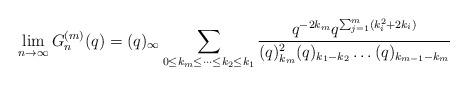
LaTeX: \begin{align*}\lim_{n\to\infty}G_n^{(m)}(q)=(q)_{\infty}\sum_{0\leq k_m\leq\dots\leq k_2\leq k_1}\frac{q^{-2k_m}q^{\sum_{j=1}^m(k_i^2+2k_i)}}{(q)_{k_m}^2(q)_{k_1-k_2}\dots(q)_{k_{m-1}-k_m}}\end{align*}